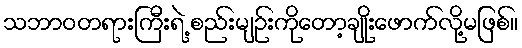
သဘာဝတရားကြီးရဲ့ စည်းမျဉ်းကိုတော့ချိုးဖောက်လို့မဖြစ်။